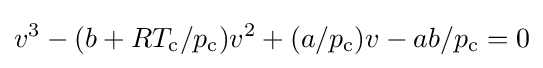
v^{3}-(b+RT_{\text{c}}/p_{\text{c}})v^{2}+(a/p_{\text{c}})v-ab/p_{\text{c}}=0